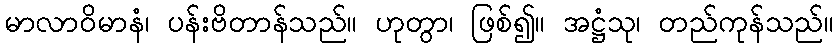
မာလာဝိမာနံ၊ ပန်းဗိတာန်သည်။ ဟုတွာ၊ ဖြစ်၍။ အဋ္ဌံသု၊ တည်ကုန်သည်။